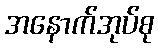
အနောက်အုပ်စု